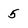
Character: 5